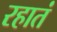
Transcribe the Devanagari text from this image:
रहातं